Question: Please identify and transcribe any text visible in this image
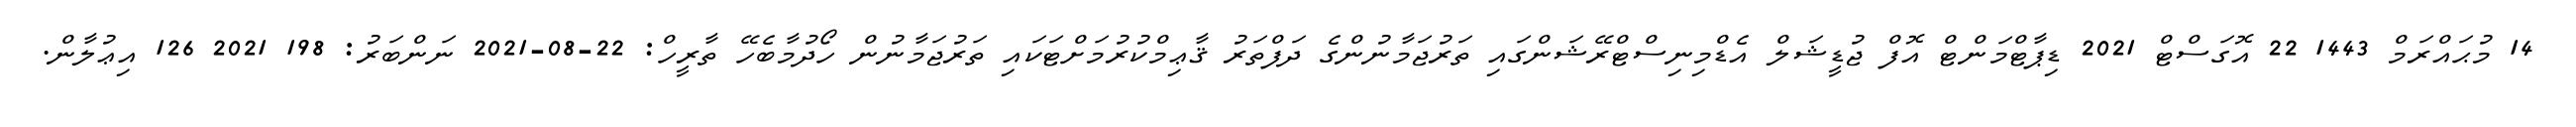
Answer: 14 މުޙައްރަމް 1443 22 އޮގަސްޓް 2021 ޑިޕާޓްމަންޓް އޮފް ޖުޑީޝަލް އެޑްމިނިސްޓްރޭޝަންގައި ތަރުޖަމާނުންގެ ދަފްތަރު ޤާޢިމްކުރުމަށްޓަކައި ތަރުޖަމާނުން ހޯދުމާބެހޭ ތާރީހް: 22-08-2021 ނަންބަރު: 198 2021 126 އިޢުލާން.